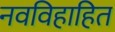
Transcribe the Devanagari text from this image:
नवविहाहित